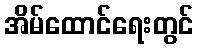
အိမ်ထောင်ရေးတွင်